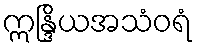
ဣန္ဒြိယအသံဝရံ